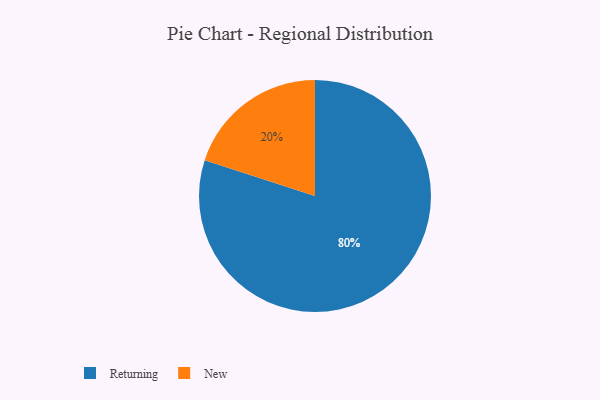
{"axis": {"x": "Category", "y": "Percentage"}, "legend": ["New", "Returning"], "data": [{"x": "New", "y": 20, "type": "New"}, {"x": "Returning", "y": 80, "type": "Returning"}]}